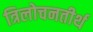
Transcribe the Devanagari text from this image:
त्रिलोचनतीर्थ